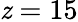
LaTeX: \mathit{z}=15